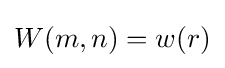
W(m,n)=w(r)